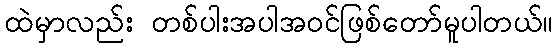
ထဲမှာလည်း တစ်ပါးအပါအဝင်ဖြစ်တော်မူပါတယ်။